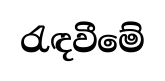
රැඳවීමේ